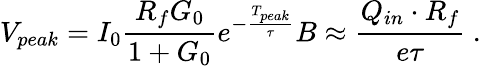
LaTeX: V_{peak}=I_{0}\frac{R_{f}G_{0}}{1+G_{0}}e^{-\frac{T_{peak}}{\tau}}B\approx\frac{Q_{in}\cdot R_{f}}{e\tau}~.